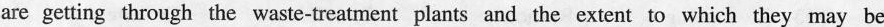
are getting through the waste-treatment plants and the extent to which they may be